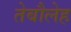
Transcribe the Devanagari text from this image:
तेबौलेह